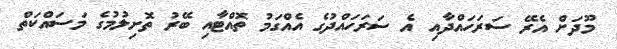
މޫދަށް އެރޭ ސަރަހައްދާއި އެ ސަރަހައްދުގެ އެއްގަމު ތޮއްޓާއި ބޭރު ތޮށިލުމުގެ މަސައްކަތް